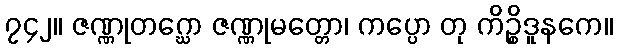
၇၄၂။ ဇဏ္ဏုတဂ္ဃော ဇဏ္ဏုမတ္တော၊ ကပ္ပော တု ကိဉ္စိဒူနကေ။